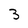
Character: 3